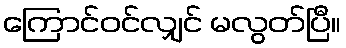
ကြောင်ဝင်လျှင် မလွတ်ပြီ။